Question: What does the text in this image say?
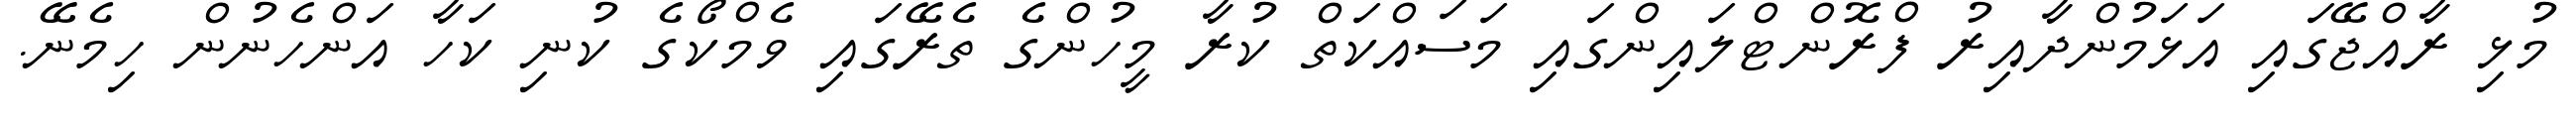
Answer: މުޅި ރާއްޖޭގައި އަޅަމުންދާއިރު ފްރޮންޓްލައިންގައި މަސައްކަތް ކުރާ މީހުންގެ ތެރޭގައި ވެމްކޯގެ ކުނި ކަހާ އަންހެނުން ހިމެނޭ.